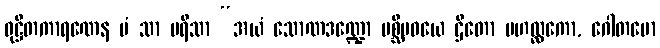
ဝုဋ္ဌိတကာရဏေန မံ သာ ပရိသာ “အယံ သောဏဒဏ္ဍော ပစ္ဆိမဝယေ ဌိတော မဟလ္လကော, ဂေါတမော